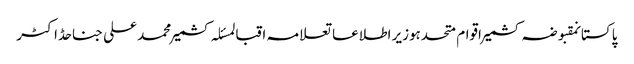
پاکستانمقبوضہ کشمیراقوام متحدہوزیر اطلاعاتعلامہ اقبالمسئلہ کشمیرمحمد علی جناحڈاکٹر